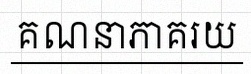
គណនាភាគរយ